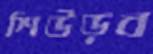
শিউড়ব